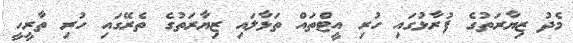
މެދު ޒިޔާރަތުގެ ފުރާޅުގައި ހުރި އީޓްތައް ތަޅާލައި ޒިޔާރަތުގެ ތެރޭގައި ހުރި ތާރީހީ